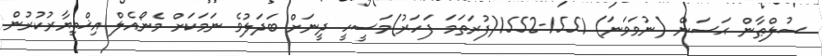
ސުލްޠާން ޙަސަން (ނުވަވަނަ) 1551-1552(ފުރަތަމަ ފަހަރު)މަސީހީ ދީނަށް ބަދަލުވެ ނަމަކަށް މެނޯއެލް އިޚްތިޔާރުކުރުން